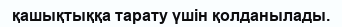
қашықтыққа тарату үшін қолданылады.